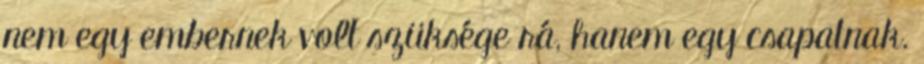
nem egy embernek volt szüksége rá, hanem egy csapatnak.